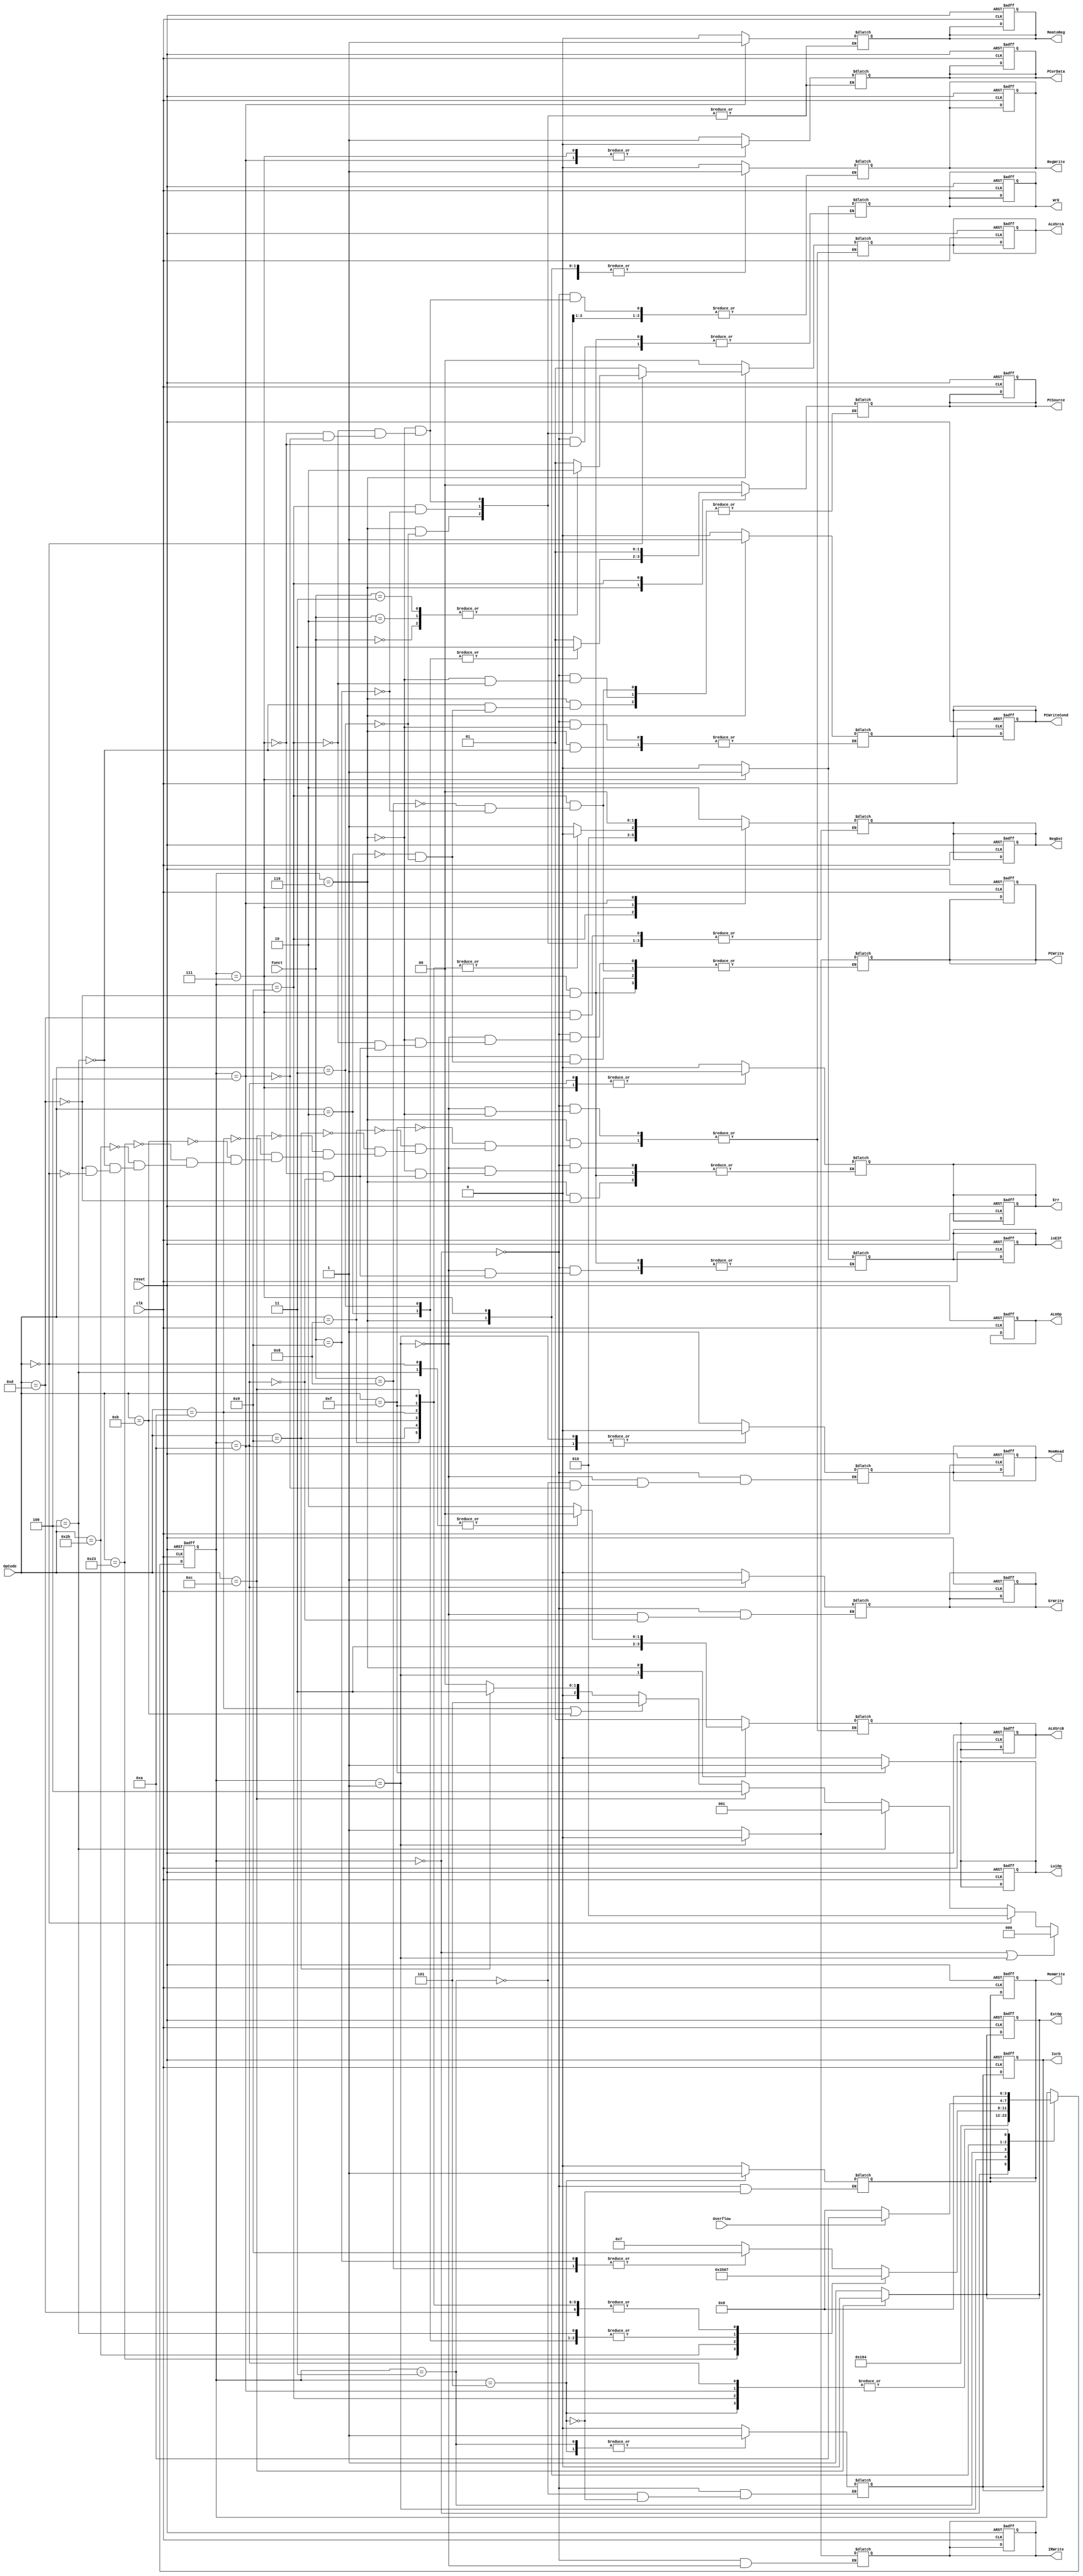
module Controller(reset, clk, OpCode, Funct, Overflow,  
                PCWrite, PCWriteCond, IorD, MemWrite, MemRead,
                IRWrite, MemtoReg, RegDst, RegWrite, ExtOp, LuiOp,
                ALUSrcA, ALUSrcB, ALUOp, PCSource, PCorData, Err, ErWrite, isEIF, WrE);
    //Input Clock Signals
    input reset;
    input clk;
    //Input Signals
    input  [5:0] OpCode;
    input  [5:0] Funct;
	input Overflow;
    //Output Control Signals
    output reg PCWrite;
    output reg PCWriteCond;
    output reg IorD;
    output reg MemWrite;
    output reg MemRead;
    output reg IRWrite;
    output reg MemtoReg;
    output reg [1:0] RegDst;
    output reg RegWrite;
    output reg ExtOp;
    output reg LuiOp;
    output reg [1:0] ALUSrcA;
    output reg [1:0] ALUSrcB;
    output reg [3:0] ALUOp;
    output reg [1:0] PCSource;
	output reg PCorData;
	output reg Err;
	output reg ErWrite;
	output reg isEIF;
	output reg WrE;
  
    //--------------Your code below-----------------------
    
	reg [3:0] SM_State;
    parameter IF = 4'b0000;
	parameter ID_RF = 4'b0001;
	parameter MADC = 4'b0010;
	parameter MAR = 4'b0011;
	parameter RWLW = 4'b0100;
	parameter MAW = 4'b0101;
	parameter EXE = 4'b0110;
	parameter RW = 4'b0111;
	parameter BC = 4'b1000;
	parameter JC = 4'b1001;
	parameter ERR = 4'b1010;
	parameter EMP = 4'b1011;
	parameter EWB = 4'b1100;
	parameter TMP = 4'b1101;
	
	//reg [5:0] OpCode_delay;
	//reg [5:0] Funct_delay;
	
	//always @(posedge clk or posedge reset)begin
	//	OpCode_delay <= OpCode;
	//	Funct_delay <= Funct;
	//end
	
	always @(posedge clk or posedge reset) begin
		if (reset) begin
			SM_State <= IF;
			PCWrite <= 0;
			PCWriteCond <= 0;
			IorD <= 0;
			MemWrite <= 0;
			MemRead <= 0;
			IRWrite <= 0;
			MemtoReg <= 0;
			RegDst[1:0] <= 2'b00;
			RegWrite <= 0;
			ExtOp <= 0;
			LuiOp <= 0;
			ALUSrcA[1:0] <= 2'b00;
			ALUSrcB[1:0] <= 2'b00;
			ALUOp[3:0] <= 2'b0000;
			PCSource[1:0] <= 2'b00;
			PCorData <= 0;
			Err <= 0;
			ErWrite <= 0;
			isEIF <= 0;
			WrE <= 0;
		end
		else begin
			case(SM_State)
				IF:
					begin
						SM_State <= ID_RF;
					end
				ID_RF:
					begin
						SM_State <= EXE;
					end
				MAR:
					begin
						SM_State <= RWLW;
					end
				RWLW:
					begin
						SM_State <= IF;
					end
				MAW:
					begin
						SM_State <= IF;
					end
				EXE:
					begin
						case (OpCode)
							6'h0f: // lui
								begin
									SM_State <= RW;
								end
							6'h08: // addi
								begin
									SM_State <= RW;
								end
							6'h09: // addiu, prob exists
								begin
									SM_State <= RW;
								end
							6'h0c: // andi
								begin
									SM_State <= RW;
								end
							6'h0a: // slti
								begin
									SM_State <= RW;
								end
							6'h0b: // sltiu
								begin
									SM_State <= RW;
								end
							6'h23:
								begin
									SM_State <= MAR;
								end
							6'h2b:
								begin
									SM_State <= MAW;
								end
							6'h04:
								begin
									SM_State <= IF;
								end
							6'h02:
								begin
									SM_State <= IF;
								end
							6'h03:
								begin
									SM_State <= IF;
								end
							6'h04:
								begin
									SM_State <= IF;
								end
							6'h0d:
								begin
									SM_State <= RW;
								end
							default: // those inst with zero Opcode
								begin
									case(Funct)
										6'h08:
											begin
												SM_State <= JC; // jr
											end
										6'h09:
											begin
												SM_State <= JC; // jalr
											end
										default:
											begin
												SM_State <= RW;
											end
									endcase
								end
						endcase
					end
				RW:
					begin
						if (Overflow) begin
							SM_State <= ERR;
						end
						else begin
							SM_State <= IF;
						end
					end
				ERR:
					begin
						SM_State <= IF;
					end
				// EMP:
				// 	begin
				// 		SM_State <= TMP;
				// 	end
				// TMP:
				// 	begin
				// 		SM_State <= ID_RF;
				// 	end
				JC:
					begin
						SM_State <= IF;
					end
				// EWB:
				// 	begin
				// 		SM_State <= IF;
				// 	end
			endcase
		end
	end
	
	// ExtOp and LuiOp
	always @(*) begin
		ExtOp = (OpCode == 6'h0c) ? 0 : 1; // andi
		LuiOp = (OpCode == 6'h0f) ? 1 : 0; // lui
	end
	
	// Control Logics
	always @(*) begin
		case(SM_State)
			IF:
				begin
					MemWrite <= 0;
					RegWrite <= 0;
					IorD <= 0;
					MemRead <= 1;
					IRWrite <= 1;
					PCWrite <= 1;
					PCWriteCond <= 0;
					Err <= 0;
					isEIF <= 0;
					WrE <= 0;
					ErWrite <= 0;
					PCSource[1:0] <= 2'b00;
					ALUSrcA[1:0] <= 2'b00;
					ALUSrcB[1:0] <= 2'b01;
				end
			ID_RF:
				begin
						isEIF <= 0;
						Err <= 0;
						ErWrite <= 0;
						MemRead <= 0;
						IRWrite <= 0;
						PCWrite <= 0;
						ALUSrcA[1:0] <= 2'b00;
						ALUSrcB[1:0] <= 2'b11;
				end
			EXE:
				begin
					case(OpCode)
							6'h0f: // lui
								begin
									ALUSrcA <= 2'b01;
									ALUSrcB <= 2'b10;
								end
							6'h08: // addi
								begin
									ALUSrcA <= 2'b01;
									ALUSrcB <= 2'b10;
								end
							6'h09: // addiu, prob exists
								begin
									ALUSrcA <= 2'b01;
									ALUSrcB <= 2'b10;
								end
							6'h0c: // andi
								begin
									ALUSrcA <= 2'b01;
									ALUSrcB <= 2'b10;
								end
							6'h0a: // slti
								begin
									ALUSrcA <= 2'b01;
									ALUSrcB <= 2'b10;
								end
							6'h0b: // sltiu
								begin
									ALUSrcA <= 2'b01;
									ALUSrcB <= 2'b10;
								end
							6'h23:
								begin
									ALUSrcA <= 2'b01;
									ALUSrcB <= 2'b10;		
								end
							6'h2b:
								begin
									ALUSrcA <= 2'b01;
									ALUSrcB <= 2'b10;
								end
							6'h04:
								begin
									PCWriteCond <= 1;
									ALUSrcA <= 2'b01;
									ALUSrcB <= 2'b00;
									PCSource <= 2'b01;
								end	
							6'h02:
								begin
									PCWrite <= 1;
									PCSource[1:0] <= 2'b11;
								end
							6'h03:
								begin
									PCWrite <= 1;
									PCSource <= 2'b11;
									RegWrite <= 1;
									RegDst <= 2'b10;
									PCorData <= 1;
									MemtoReg <= 0;
								end
							6'h0d:
								begin
									Err <= 0;
									ALUSrcA <= 01;
									ALUSrcB <= 10;
								end
							6'h00:
								begin
									case(Funct)
										6'h00:
											begin
												ALUSrcA <= 2'b10;
												ALUSrcB <= 2'b00;
											end
										6'h02:
											begin
												ALUSrcA <= 2'b10;
												ALUSrcB <= 2'b00;
											end
										6'h03:
											begin
												ALUSrcA <= 2'b10;
												ALUSrcB <= 2'b00;
											end
										default:
											begin
												ALUSrcA <= 2'b01;
												ALUSrcB <= 2'b00;
											end
									endcase
								end
					endcase
				end
			JC:
				begin
					case(Funct)
							6'h08: // jr
								begin
									PCWrite <= 1;
									PCSource <= 2'b01;
									//RegWrite <= 1;
									//RegDst <= 2'b10;
									//PCorData <= 1;
									//MemtoReg <= 0;
								end
							6'h09: // jalr
								begin
									PCWrite <= 1;
									PCSource <= 2'b01;
									RegWrite <= 1;
									RegDst <= 2'b01;
									PCorData <= 1;
									MemtoReg <= 0;
								end
							default:begin
									end		
					endcase
				end
			RW:
				begin
					RegWrite <= 1;
						case(OpCode)
							6'h0f: // lui
								begin
									RegDst <= 2'b00;
									PCorData <= 0;
									MemtoReg <= 0;
								end
							6'h08: // addi
								begin
									RegDst <= 2'b00;
									PCorData <= 0;
									MemtoReg <= 0;
								end
							6'h09: // addiu, prob exists
								begin
									RegDst <= 2'b00;
									PCorData <= 0;
									MemtoReg <= 0;
								end
							6'h0c: // andi
								begin
									RegDst <= 2'b00;
									PCorData <= 0;
									MemtoReg <= 0;
								end
							6'h0a: // slti
								begin
									RegDst <= 2'b00;
									PCorData <= 0;
									MemtoReg <= 0;
								end
							6'h0b: // sltiu
								begin
									RegDst <= 2'b00;
									PCorData <= 0;
									MemtoReg <= 0;
								end
							6'h0d:
								begin
									WrE <= 1;
									PCorData <= 0;
									MemtoReg <= 0;
									Err <= 1;
									isEIF <= 1;
									PCWrite <= 1;
								end
							default:
								begin
									RegDst <= 2'b01;
									PCorData <= 0;
									MemtoReg <= 0;
								end
						endcase
				end
			MAR:
				begin
						MemRead <= 1;
						IorD <= 1;
				end
			RWLW:
				begin
						MemRead <= 0;
						RegWrite <= 1;
						RegDst <= 2'b00; // write in rt
						PCorData <= 0;
						MemtoReg <= 1;
				end
			MAW:
				begin
						MemWrite <= 1;
						IorD <= 1;
				end
			ERR:
				begin
					Err <= 1;
					PCWrite <= 1;
					ErWrite <= 1;
					isEIF <= 0;
				end
			// ERR:
			// 	begin
			// 		PCWrite <= 1;
			// 		Err <= 1;
			// 		ErWrite <= 0;
			// 		isEIF <= 0;
			// 		MemWrite <= 0;
			// 		RegWrite <= 0;
			// 		IorD <= 0;
			// 		MemRead <= 0;
			// 		IRWrite <= 0;
			// 		PCWriteCond <= 0;
			// 	end
			// EMP:
			// 	begin
			// 		PCWrite <= 0;
			// 		ErWrite <= 1;
			// 		MemRead <= 1;
			// 		IRWrite <= 1;
			// 	end
			// EWB:
			// 	begin
			// 		RegWrite <= 1;
			// 		PCorData <= 0;
			// 		MemtoReg <= 0;
			// 		Err <= 1;
			// 	end
			// TMP:
			// 	begin
					
			// 	end
		endcase
	end

    //--------------Your code above-----------------------


    //ALUOp
    always @(*) begin
        ALUOp[3] = OpCode[0];
        if (SM_State == IF || SM_State == ID_RF) begin
            ALUOp[2:0] = 3'b000;
        end else if (OpCode == 6'h00) begin 
            ALUOp[2:0] = 3'b010;
        end else if (OpCode == 6'h04) begin
            ALUOp[2:0] = 3'b001;
        end else if (OpCode == 6'h0c) begin
            ALUOp[2:0] = 3'b100;
        end else if (OpCode == 6'h0a || OpCode == 6'h0b) begin
            ALUOp[2:0] = 3'b101;
		end else if (OpCode == 6'h09) begin
			ALUOp[2:0] = 3'b011;
        end else begin
            ALUOp[2:0] = 3'b000;
        end
    end

endmodule